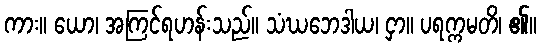
ကား။ ယော၊ အကြင်ရဟန်းသည်။ သံဃဘေဒါယ၊ ငှာ။ ပရက္ကမတိ၊ ၏။